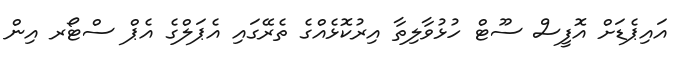
އައިޕެޑަށް އޮފީސް ސޫޓް ހުޅުވާލިތާ އިރުކޮޅެއްގެ ތެރޭގައި އެޕަލްގެ އެޕް ސްޓޯރ އިން